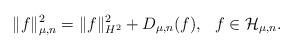
LaTeX: \begin{align*}\|f\|_{\mu,n}^2 = \|f\|^2_{H^2}+ D_{\mu,n}(f),\,\,\,\,f\in \mathcal H_{\mu,n}.\end{align*}